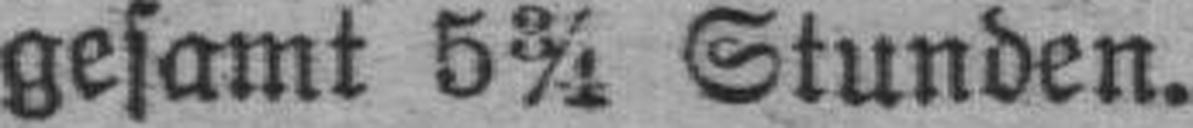
gesamt 5¾ Stunden.